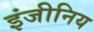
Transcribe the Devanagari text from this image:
इंजीनिय